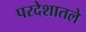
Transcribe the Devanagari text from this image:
परदेशातले